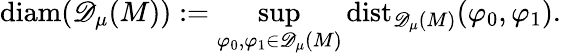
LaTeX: \mathrm{diam}({\mathscr{D}_{\mu}(M)}):=\operatorname*{sup}_{\varphi_{0},\varphi_{1}\in{\mathscr{D}_{\mu}(M)}}\mathrm{dist}_{{\mathscr{D}_{\mu}(M)}}(\varphi_{0},\varphi_{1}).